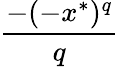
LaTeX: \frac{-(-x^{*})^{q}}{q}